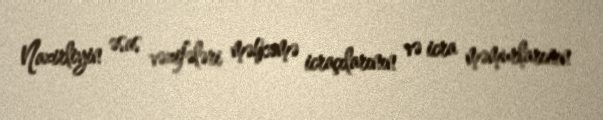
Nazirliyin əsas vəzifələri məhkəmə icraçılarının və icra məmurlarının